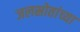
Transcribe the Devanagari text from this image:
जलस्रोतांच्या